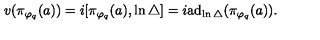
v ( \pi _ { \varphi _ { q } } ( a ) ) = i [ \pi _ { \varphi _ { q } } ( a ) , \ln \bigtriangleup ] = i \mathrm { a } \mathrm { d } _ { \ln \bigtriangleup } ( \pi _ { \varphi _ { q } } ( a ) ) .